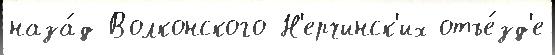
наза́д Волконского Н'ерчинск'их отъе́зд'е